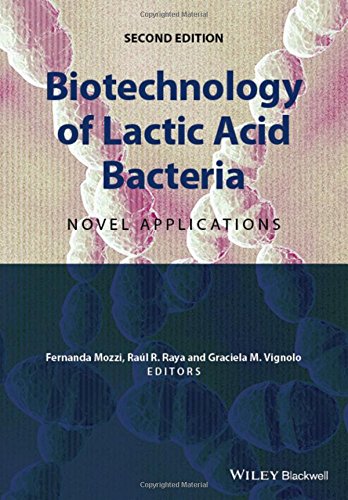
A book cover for Biotechnology of Lactic Acid Bacteria: Novel Applications; Medical Books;